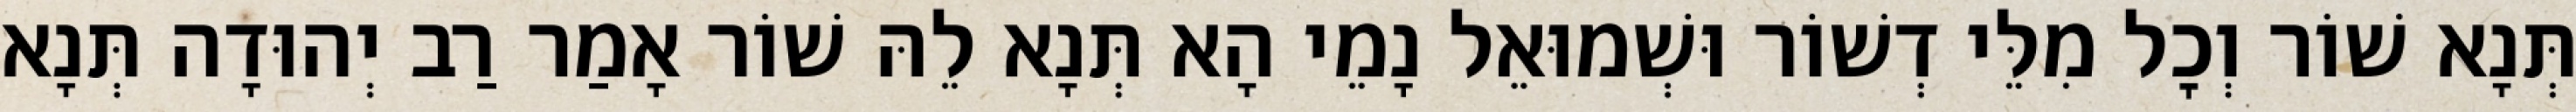
תְּנָא שׁוֹר וְכׇל מִלֵּי דְשׁוֹר וּשְׁמוּאֵל נָמֵי הָא תְּנָא לֵהּ שׁוֹר אָמַר רַב יְהוּדָה תְּנָא